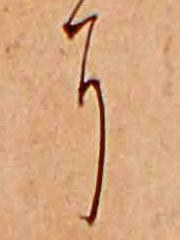
に